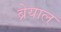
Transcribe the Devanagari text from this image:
ब्रेयाल